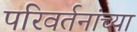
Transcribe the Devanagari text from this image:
परिवर्तनांच्या